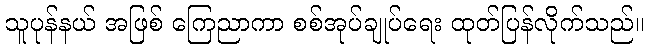
သူပုန်နယ် အဖြစ် ကြေညာကာ စစ်အုပ်ချုပ်ရေး ထုတ်ပြန်လိုက်သည်။